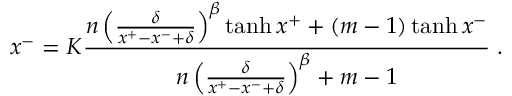
x ^ { - } = K \frac { n \left( \frac { \delta } { x ^ { + } - x ^ { - } + \delta } \right) ^ { \beta } \operatorname { t a n h } { x ^ { + } } + ( m - 1 ) \operatorname { t a n h } { x ^ { - } } } { n \left( \frac { \delta } { x ^ { + } - x ^ { - } + \delta } \right) ^ { \beta } + m - 1 } \; .